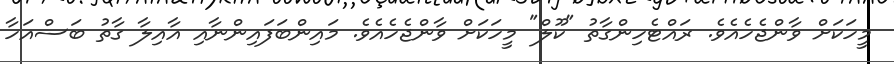
މީހަކަށް ވާންޖެހެއެވެ. ރައްޓެހިންގާތު "ކޫލް" މީހަކަށް ވާންޖެހެއެވެ. މައިންބަފައިންނާއި އާއިލާ ގާތު ބަސްއަހާ